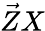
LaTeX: \vec{Z}X